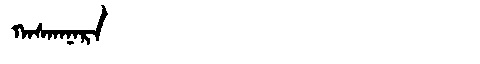
Manchu: ᡴᠠᠰᡴᠠᠨᠠᡵᠠ
Romanization: KASKANARA